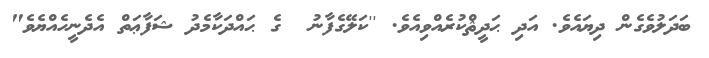
ބަދަލުވެގެން ދިޔައެވެ. އަދި ޙަދީޘްކުރެއްވިއެވެ. ''ކަލޭގެފާނު  ގެ ޙައްދަކާމެދު ޝަފާޢަތް އެދެނީހެއްޔެވެ"